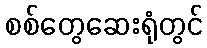
စစ်တွေဆေးရုံတွင်